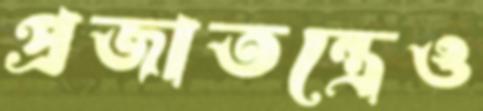
প্রজাতন্ত্রেও